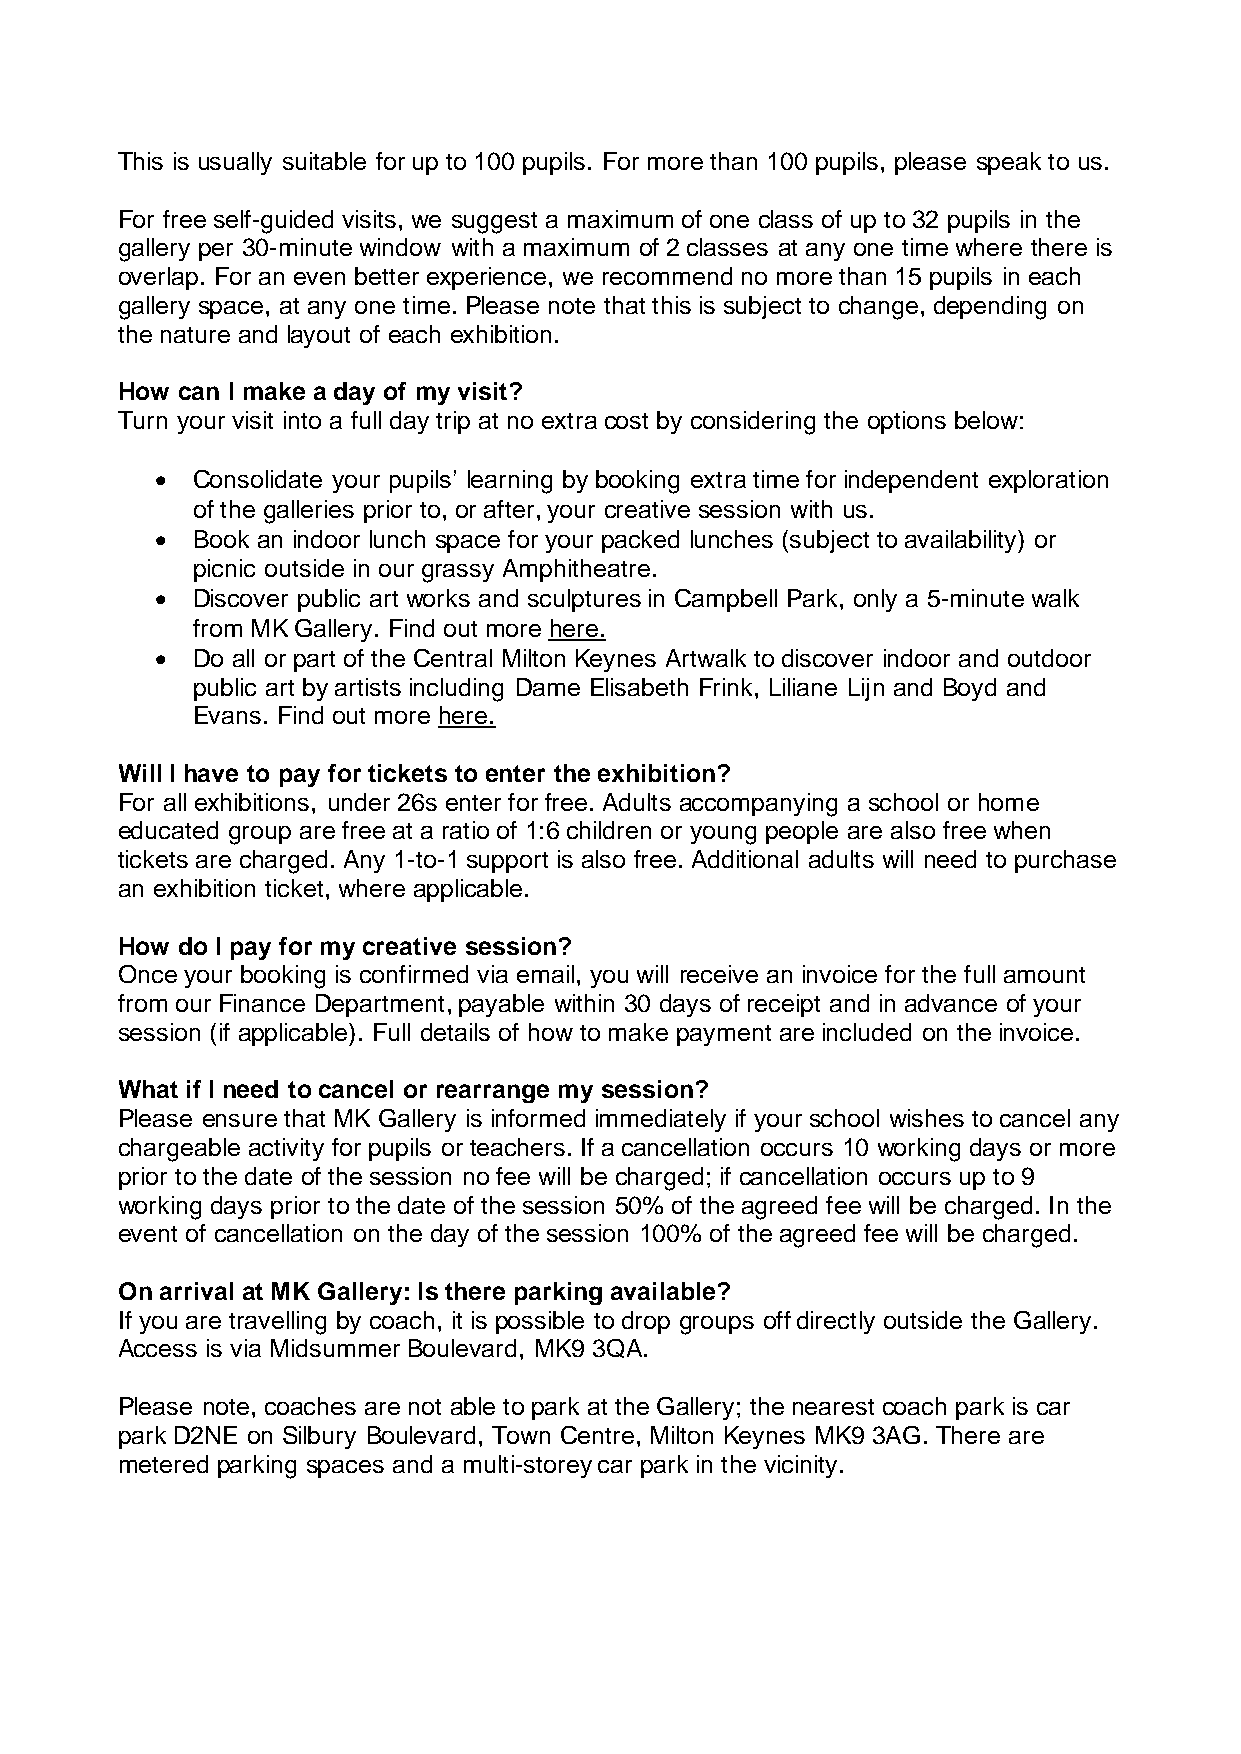
This is usually suitable for up to 100 pupils. For more than 100 pupils, please speak to us.
 For free self-guided visits, we suggest a maximum of one class of up to 32 pupils in the
 gallery per 30-minute window with a maximum of 2 classes at any one time where there is
 overlap. For an even better experience, we recommend no more than 15 pupils in each
 gallery space, at any one time. Please note that this is subject to change, depending on
 the nature and layout of each exhibition.
 How can I make a day of my visit?
 Turn your visit into a full day trip at no extra cost by considering the options below:
 •  Consolidate your pupils’ learning by booking extra time for independent exploration
 of the galleries prior to, or after, your creative session with us.
 •  Book an indoor lunch space for your packed lunches (subject to availability) or
 picnic outside in our grassy Amphitheatre.
 •  Discover public art works and sculptures in Campbell Park, only a 5-minute walk
 from MK Gallery. Find out more here.
 •  Do all or part of the Central Milton Keynes Artwalk to discover indoor and outdoor
 public art by artists including Dame Elisabeth Frink, Liliane Lijn and Boyd and
 Evans. Find out more here.
 Will I have to pay for tickets to enter the exhibition?
 For all exhibitions, under 26s enter for free. Adults accompanying a school or home
 educated group are free at a ratio of 1:6 children or young people are also free when
 tickets are charged. Any 1-to-1 support is also free. Additional adults will need to purchase
 an exhibition ticket, where applicable.
 How do I pay for my creative session?
 Once your booking is confirmed via email, you will receive an invoice for the full amount
 from our Finance Department, payable within 30 days of receipt and in advance of your
 session (if applicable). Full details of how to make payment are included on the invoice.
 What if I need to cancel or rearrange my session?
 Please ensure that MK Gallery is informed immediately if your school wishes to cancel any
 chargeable activity for pupils or teachers. If a cancellation occurs 10 working days or more
 prior to the date of the session no fee will be charged; if cancellation occurs up to 9
 working days prior to the date of the session 50% of the agreed fee will be charged. In the
 event of cancellation on the day of the session 100% of the agreed fee will be charged.
 On arrival at MK Gallery: Is there parking available?
 If you are travelling by coach, it is possible to drop groups off directly outside the Gallery.
 Access is via Midsummer Boulevard, MK9 3QA.
 Please note, coaches are not able to park at the Gallery; the nearest coach park is car
 park D2NE on Silbury Boulevard, Town Centre, Milton Keynes MK9 3AG. There are
 metered parking spaces and a multi-storey car park in the vicinity.